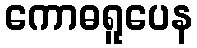
ကောဓရူပေန